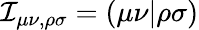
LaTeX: \mathcal{I}_{\mu\nu,\rho\sigma}=(\mu\nu|\rho\sigma)